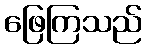
ဖြေကြသည်